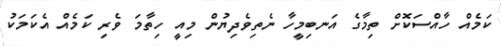
ކަމެއް ހާއްސަކޮށް ތިމާގެ އަނބިމީހާ ނެތިވެދިޔުން މިއީ ހިތާމަ ވެރި ކަމެއް އެކަމަކު